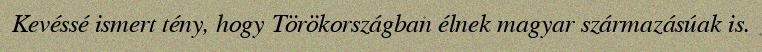
Kevéssé ismert tény, hogy Törökországban élnek magyar származásúak is.